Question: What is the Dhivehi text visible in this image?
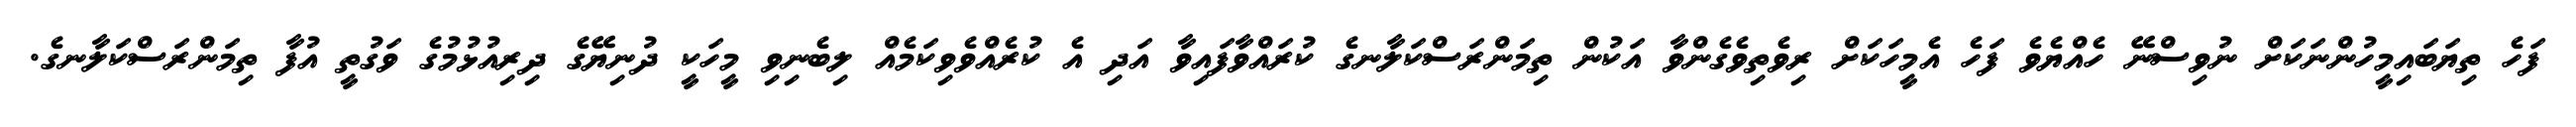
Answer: ފަހެ ތިޔަބައިމީހުންނަކަށް ނުވިސްނޭ ހެއްޔެވެ ފަހެ އެމީހަކަށް ރިވެތިވެގެންވާ އަކުން ތިމަންރަސްކަލާނގެ ކުރައްވާފައިވާ އަދި އެ ކުރެއްވެވިކަމެއް ލިބެނިވި މީހަކީ ދުނިޔޭގެ ދިރިއުޅުމުގެ ވަގުތީ އުފާ ތިމަންރަސްކަލާނގެ.